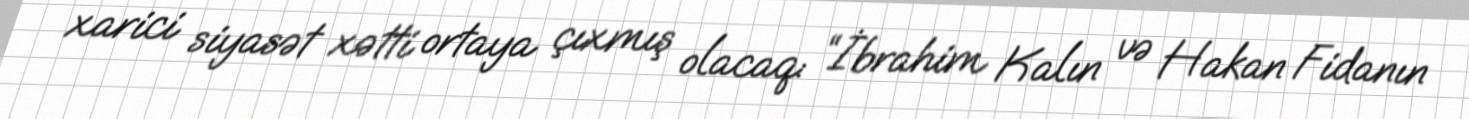
xarici siyasət xətti ortaya çıxmış olacaq: “İbrahim Kalın və Hakan Fidanın